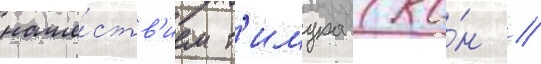
наше́ств'ием т'имура (ко́н //